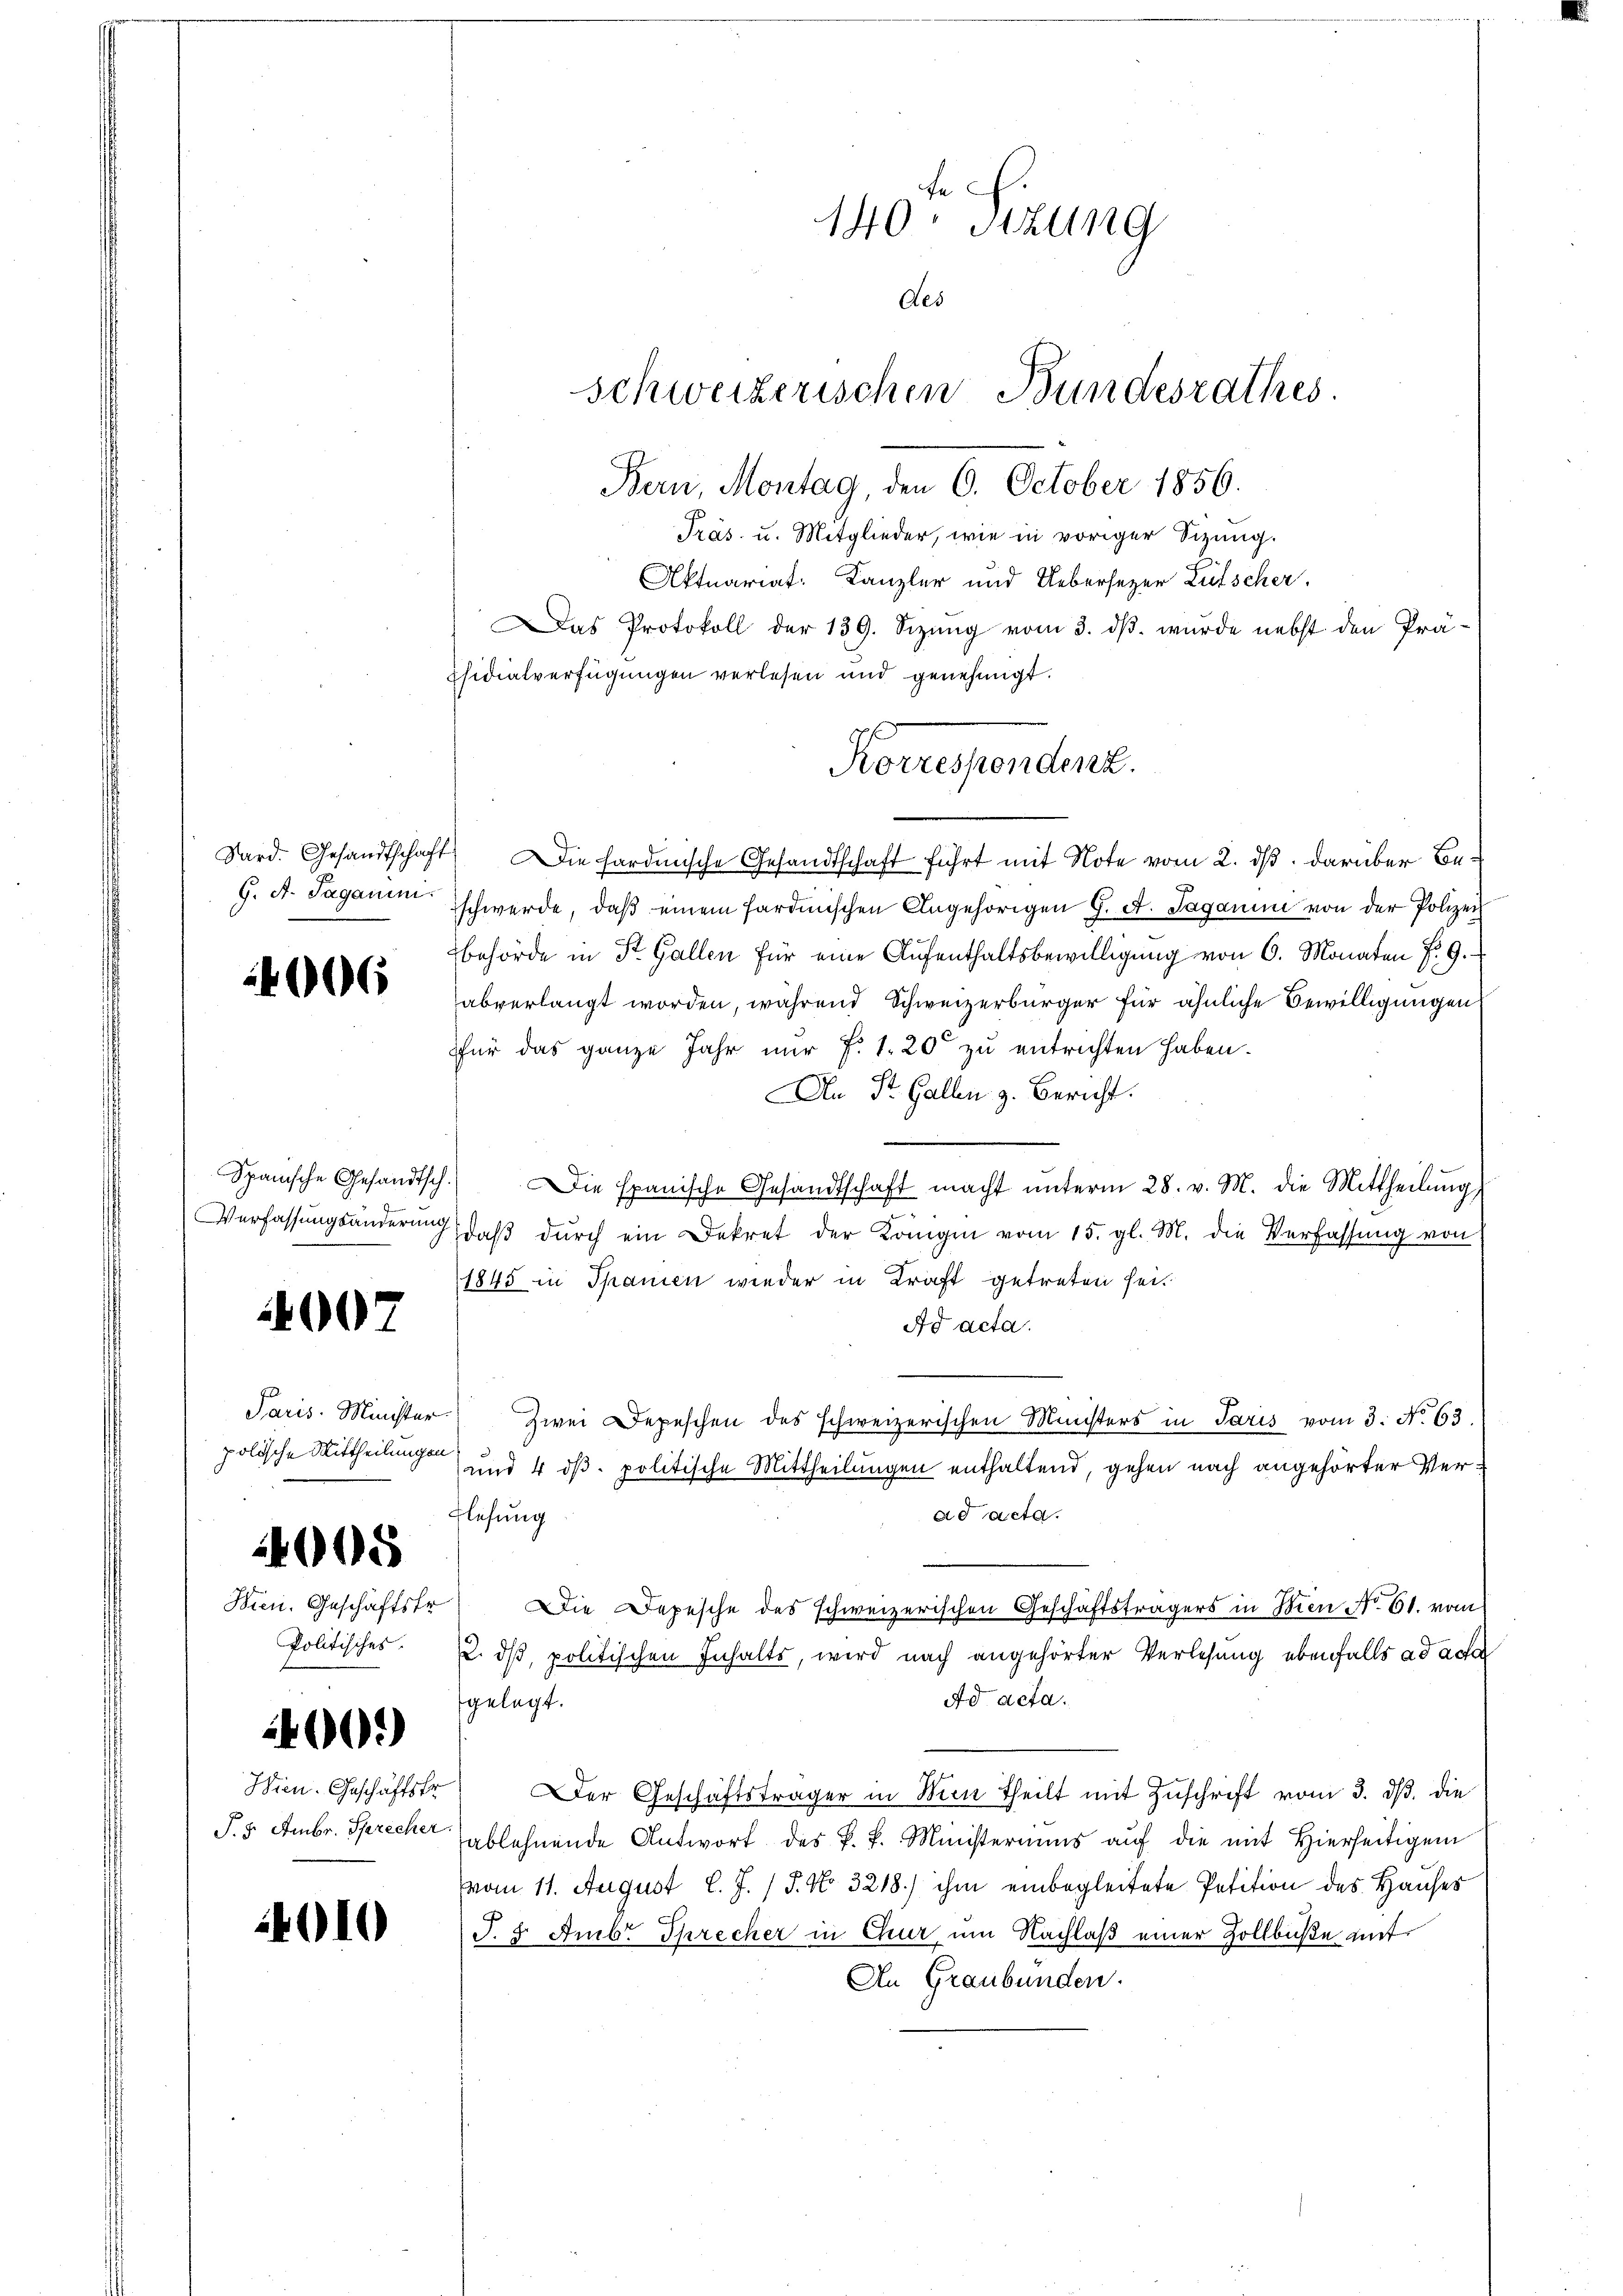
G. A. Saganini.

1006

007

Paris Minister
polische Mittheilungen

4008

Hrn. Geschäftsfr.
Politisches.

2400.

24010

Präs. u. Mitglieder, wie in voriger Sizung.
Aktuariat: Kanzler und Uebersezer Lütscher.
as Protokoll der 139. Sizung vom 3. dβ. wurde nebst den Prä-
fsidialverfügungen verlesen und genehmigt.
Sard. Gesandtschaft. Die Fordensche Gesandtschaft führt mit Note vom 2. ds. darüber Beschwerde, daβ einem sardinischen Angehörigen G. A. Saganin von der Polizei
Behörde in St. Gallen für eine Aufenthaltsbewilligung von 6. Monaten §. 9.
abverlangt worden, während Schweizerbürger für ähnliche Bewilligungen
für das ganze Jahr nur f. 1. 20 zu entrichten haben.
An St. Gallen z. Bericht.

Spanische Gesandtsch. Die spanische Gesandtschaft macht ŭnterm 28. v. M. die Mittheilŭng
Verfassungsänderung, daβ dŭrch ein Dekret der Königen vom 15. gl. M. die Verfassŭng von
1845 in Spanien wieder in Kraft getreten sei.
Ad acta.
zwei Depeschen des schweizerischen Ministers in Paris vom 3. No. 63.
und 4 dß politische Mittheilungen enthaltend, gehen nach angehörter Verad acta.
Flesung
Die Depesche des schweizerischen Geschäftsträgers in Men No 61. vom
2. dβ, politischen Inhalts, wird nach angehörter Verlesung ebenfalls ad acta
Ad acta.
gelegt.
Wien. Geschäftsfr. Der Geschäftsträger in Wien theilt mit Zŭschrift vom 3. dβ. die
T.5 Ambr. Sprech ablehnende Antwort des k. k. Ministeriums auf die mit Hierseitigen
vom 11. August l. J. J. No. 3218.) ihm einbegleitete Petition des Hauses
J. J. Ambr Sprecher in Chur um Nachlaß einer Zollbuße mit
An Graubünden.

fe
140 Stzung
Aes
schweizerischen Bundesrathes.
Bern, Montag, den 6. October 1856.

Korrespendenz.